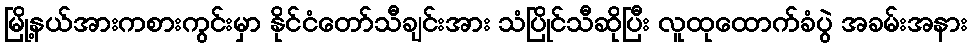
မြို့နယ်အားကစားကွင်းမှာ နိုင်ငံတော်သီချင်းအား သံပြိုင်သီဆိုပြီး လူထုထောက်ခံပွဲ အခမ်းအနား